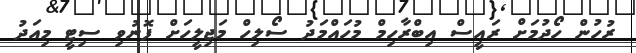
ރުހުން ހޯދުމަށް ރައީސް އިބްރާހިމް މުހައްމަދު ސޯލިހް މަޖިލީހަށް ފޮނުވި ސިޓީ މިއަދު